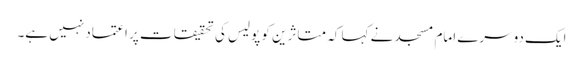
ایک دوسرے امام مسجد نے کہا کہ متاثرین کو پولیس کی تحقیقات پر اعتماد نہیں ہے۔